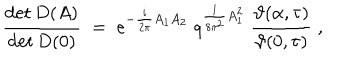
\frac { \det D ( A ) } { \det D ( 0 ) } \; = \; e ^ { - \frac { i } { 2 \pi } A _ { 1 } A _ { 2 } } \; q ^ { \frac { 1 } { 8 \pi ^ { 2 } } A _ { 1 } ^ { 2 } } \; \frac { \vartheta ( \alpha , \tau ) } { \vartheta ( 0 , \tau ) } \; ,